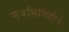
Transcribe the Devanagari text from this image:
नवनिर्मितीचे